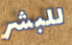
للبشر